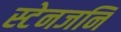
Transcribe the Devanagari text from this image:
स्टेनजनि